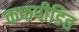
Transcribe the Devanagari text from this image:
कफपीडित